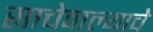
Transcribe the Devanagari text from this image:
साचेवाल्याचे